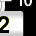
Digit: 2